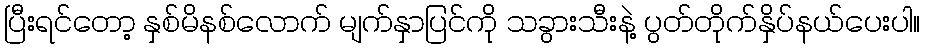
ပြီးရင်တော့ နှစ်မိနစ်လောက် မျက်နှာပြင်ကို သခွားသီးနဲ့ ပွတ်တိုက်နှိပ်နယ်ပေးပါ။